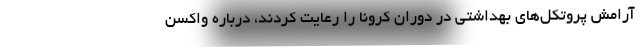
آرامش پروتکل‌های بهداشتی در دوران کرونا را رعایت کردند، درباره واکسن